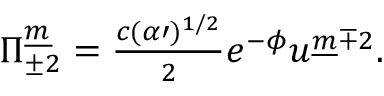
\Pi _ { \pm 2 } ^ { \underline { { m } } } = { \textstyle \frac { c ( \alpha \prime ) ^ { 1 / 2 } } { 2 } } e ^ { - \phi } u ^ { \underline { { m } } \mp 2 } .